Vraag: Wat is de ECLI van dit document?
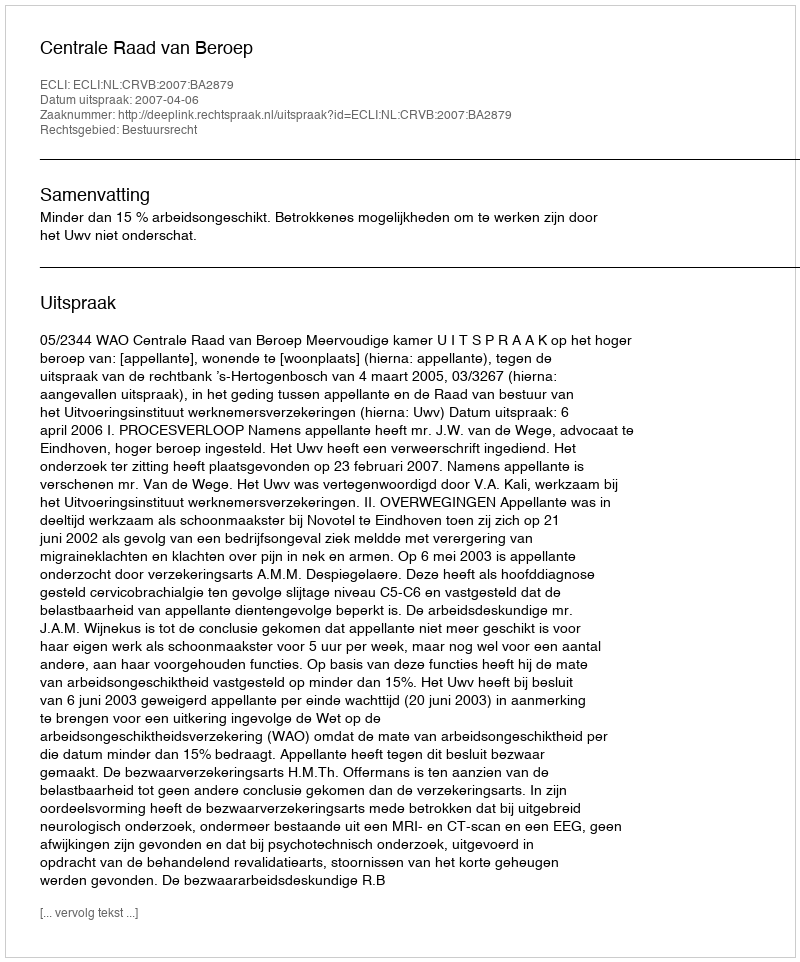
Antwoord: ECLI:NL:CRVB:2007:BA2879